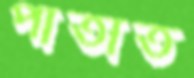
পাতাত